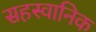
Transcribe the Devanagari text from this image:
सहस्वानिक